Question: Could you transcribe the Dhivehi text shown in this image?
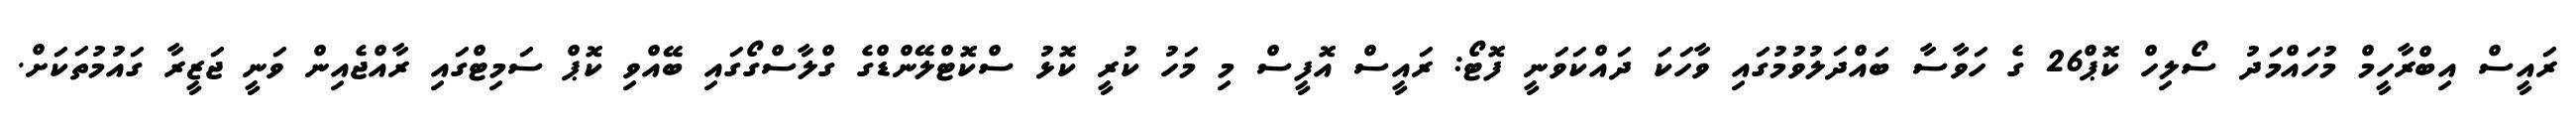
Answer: ރައީސް އިބްރާހީމް މުހައްމަދު ސޯލިހް ކޮޕް26 ގެ ހަވާސާ ބައްދަލުވުމުގައި ވާހަކަ ދައްކަވަނީ ފޮޓޯ: ރައީސް އޮފީސް މި މަހު ކުރީ ކޮޅު ސްކޮޓްލޭންޑްގެ ގްލާސްގޯގައި ބޭއްވި ކޮޕް ސަމިޓްގައި ރާއްޖެއިން ވަނީ ޖަޒީރާ ގައުމުތަކަށް.